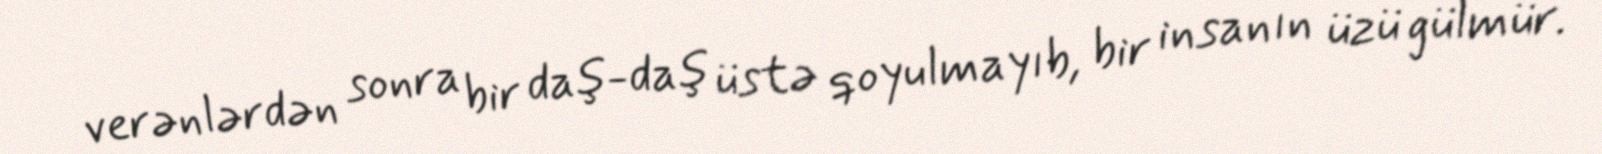
verənlərdən sonra bir daş-daş üstə qoyulmayıb, bir insanın üzü gülmür.